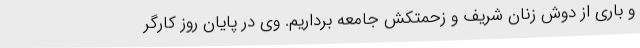
و باری از دوش زنان شریف و زحمتکش جامعه برداریم. وی در پایان روز کارگر